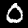
Label: 0